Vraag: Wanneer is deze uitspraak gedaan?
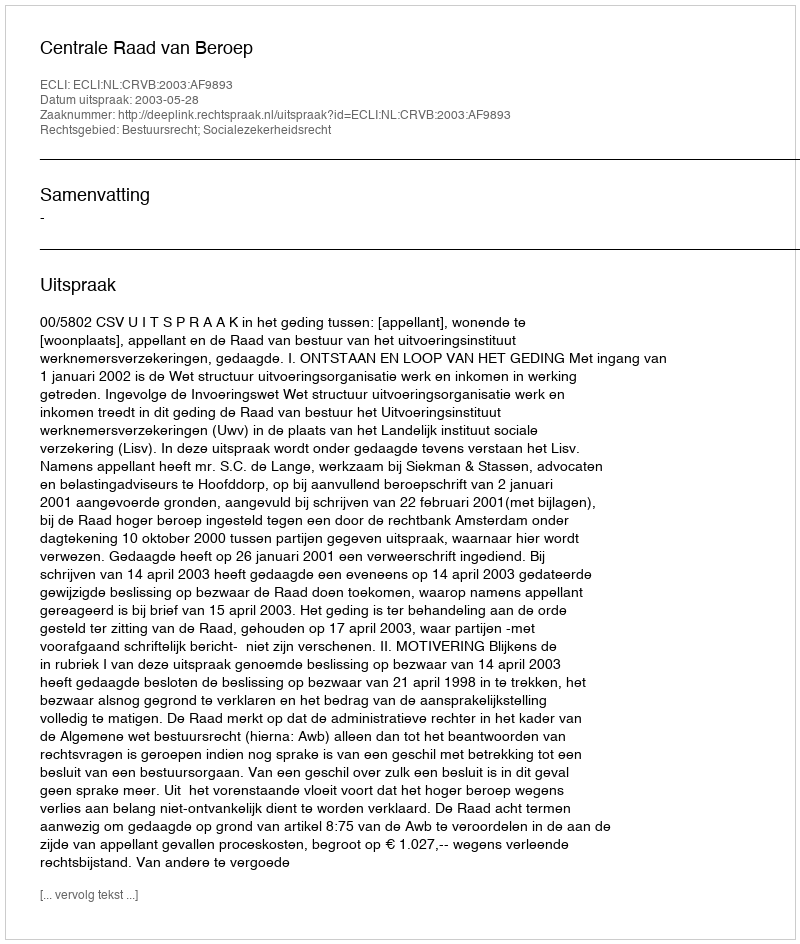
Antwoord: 2003-05-28